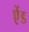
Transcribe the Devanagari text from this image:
एेंड